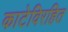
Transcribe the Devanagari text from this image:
काटेविरहित